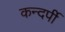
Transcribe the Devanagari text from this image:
कन्दर्पी